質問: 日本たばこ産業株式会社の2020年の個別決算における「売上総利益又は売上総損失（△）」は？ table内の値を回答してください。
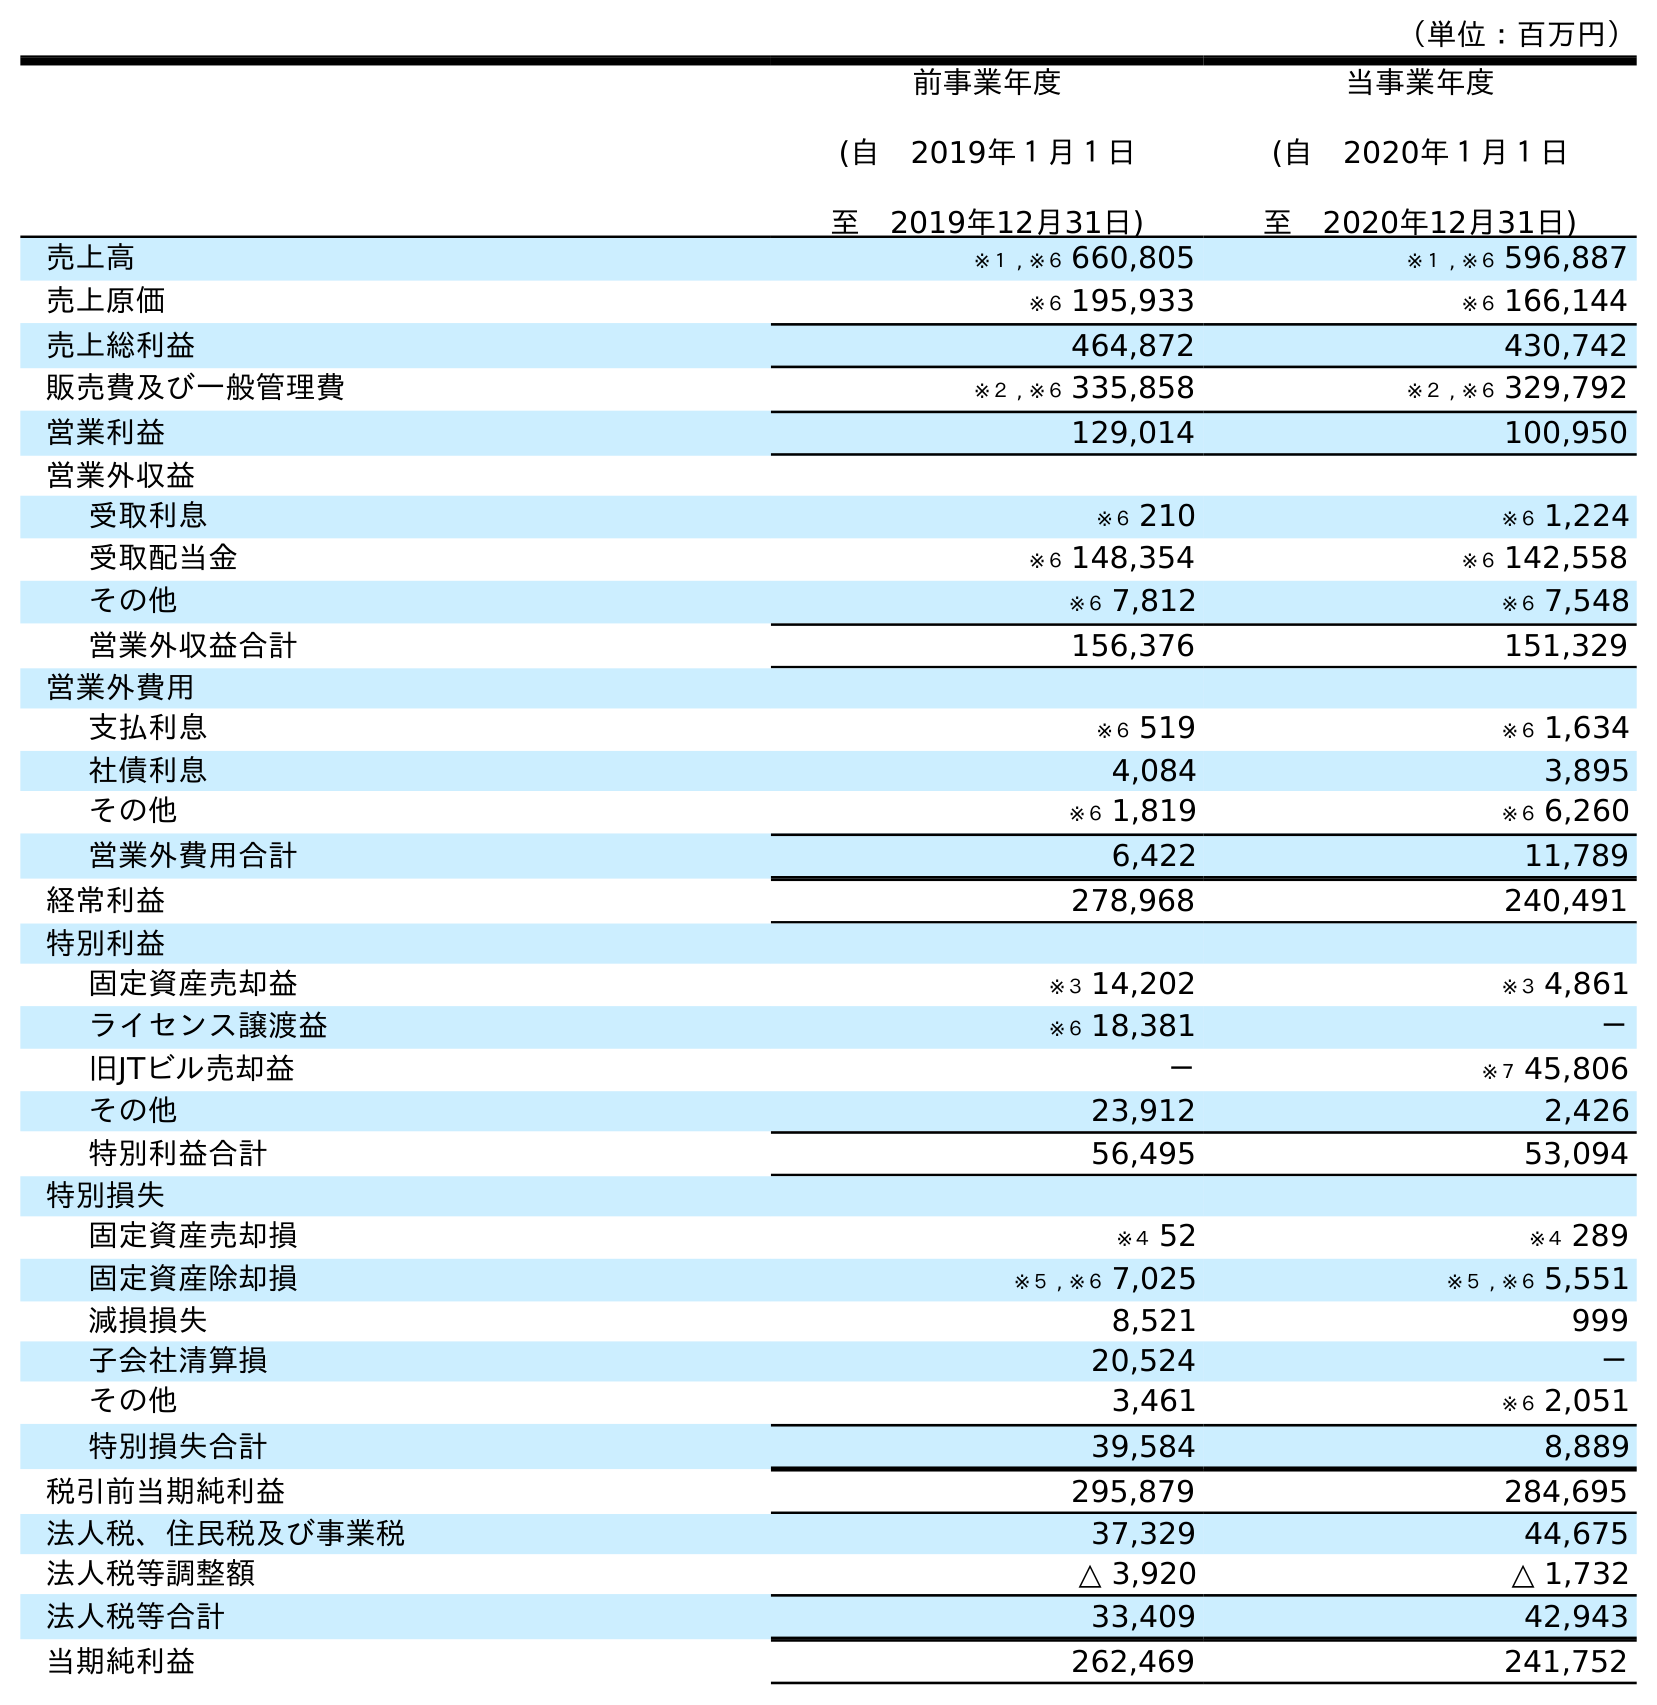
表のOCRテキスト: （単位：百万円） 前事業年度 (自 2019年１月１日 至 2019年12月31日) 当事業年度 (自 2020年１月１日 至 2020年12月31日) 売上高 ※１ , ※６ 660,805 ※１ , ※６ 596,887 売上原価 ※６ 195,933 ※６ 166,144 売上総利益 464,872 430,742 販売費及び一般管理費 ※２ , ※６ 335,858 ※２ , ※６ 329,792 営業利益 129,014 100,950 営業外収益 受取利息 ※６ 210 ※６ 1,224 受取配当金 ※６ 148,354 ※６ 142,558 その他 ※６ 7,812 ※６ 7,548 営業外収益合計 156,376 151,329 営業外費用 支払利息 ※６ 519 ※６ 1,634 社債利息 4,084 3,895 その他 ※６ 1,819 ※６ 6,260 営業外費用合計 6,422 11,789 経常利益 278,968 240,491 特別利益 固定資産売却益 ※３ 14,202 ※３ 4,861 ライセンス譲渡益 ※６ 18,381 － 旧JTビル売却益 － ※７ 45,806 その他 23,912 2,426 特別利益合計 56,495 53,094 特別損失 固定資産売却損 ※４ 52 ※４ 289 固定資産除却損 ※５ , ※６ 7,025 ※５ , ※６ 5,551 減損損失 8,521 999 子会社清算損 20,524 － その他 3,461 ※６ 2,051 特別損失合計 39,584 8,889 税引前当期純利益 295,879 284,695 法人税、住民税及び事業税 37,329 44,675 法人税等調整額 △ 3,920 △ 1,732 法人税等合計 33,409 42,943 当期純利益 262,469 241,752
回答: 430,742